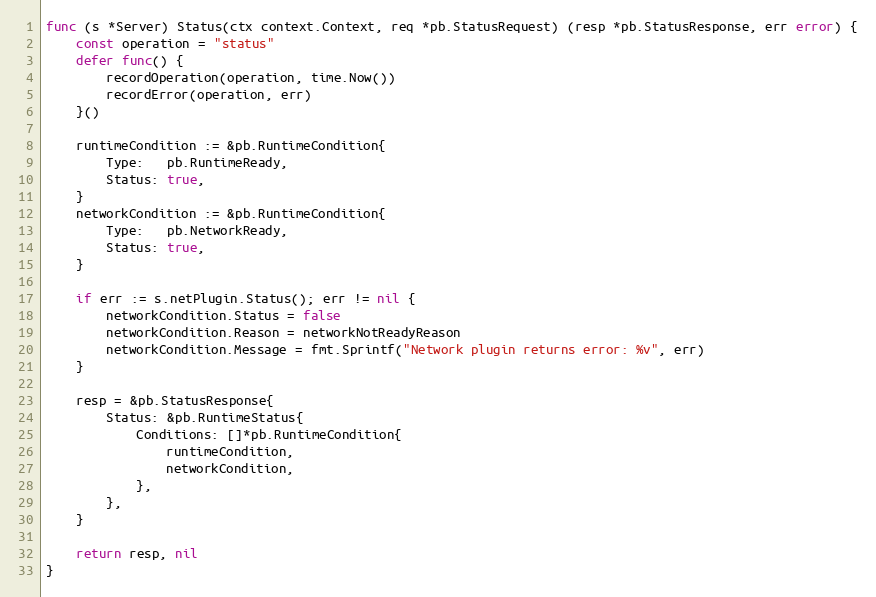
Language: Go
func (s *Server) Status(ctx context.Context, req *pb.StatusRequest) (resp *pb.StatusResponse, err error) {
	const operation = "status"
	defer func() {
		recordOperation(operation, time.Now())
		recordError(operation, err)
	}()

	runtimeCondition := &pb.RuntimeCondition{
		Type:   pb.RuntimeReady,
		Status: true,
	}
	networkCondition := &pb.RuntimeCondition{
		Type:   pb.NetworkReady,
		Status: true,
	}

	if err := s.netPlugin.Status(); err != nil {
		networkCondition.Status = false
		networkCondition.Reason = networkNotReadyReason
		networkCondition.Message = fmt.Sprintf("Network plugin returns error: %v", err)
	}

	resp = &pb.StatusResponse{
		Status: &pb.RuntimeStatus{
			Conditions: []*pb.RuntimeCondition{
				runtimeCondition,
				networkCondition,
			},
		},
	}

	return resp, nil
}